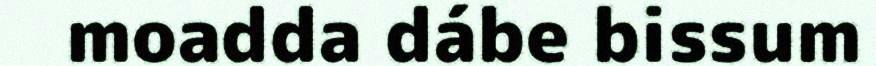
moadda dábe bissum